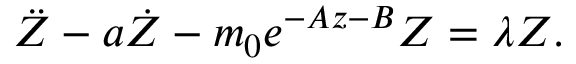
\ddot { Z } - a \dot { Z } - m _ { 0 } e ^ { - A z - B } Z = \lambda Z .